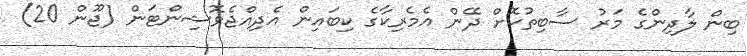
ބިން ލާދިންގެ މަރު ސާބިތުކޮށް ދޭން އެމެރިކާގެ ކިބައިން އެދިއްޖެވޮޝިންޓަން (ޖޫން 20)